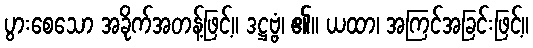
ပွားစေသော အခိုက်အတန့်ဖြင့်။ ဒဋ္ဌဗ္ဗံ၊ ၏။ ယထာ၊ အကြင်အခြင်းဖြင့်။